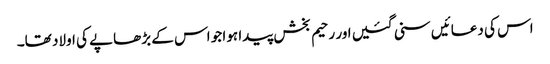
اس کی دعائیں سنی گئیں اور رحیم بخش پیدا ہوا جو اس کے بڑھاپے کی اولاد تھا۔